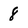
Character: 8